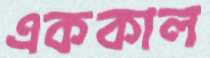
এককাল